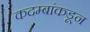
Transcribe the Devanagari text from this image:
कदम्बांकडून